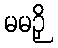
မမဉှိ